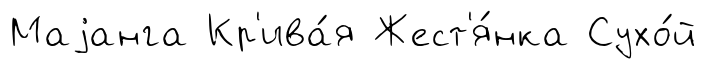
Маjанга Кр'ива́я Жест'я́нка Сухо́й